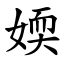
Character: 媆